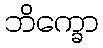
ဘိက္ခော